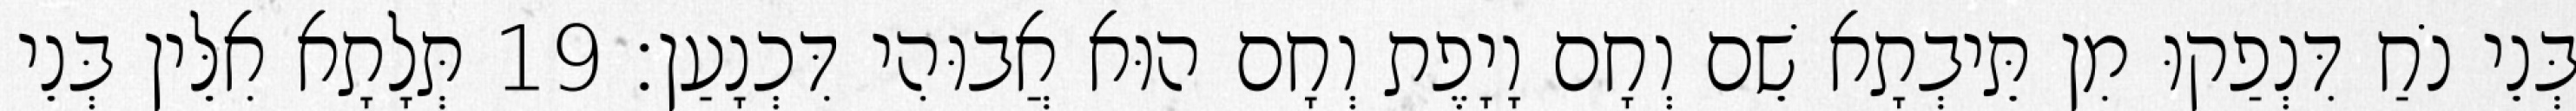
בְּנֵי נֹחַ דִּנְפַקוּ מִן תֵּיבְתָא שֵׁם וְחָם וָיָפֶת וְחָם הוּא אֲבוּהִי דִּכְנָעַן׃ 19 תְּלָתָא אִלֵּין בְּנֵי